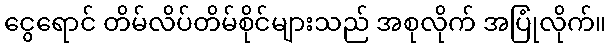
ငွေရောင် တိမ်လိပ်တိမ်စိုင်များသည် အစုလိုက် အပြုံလိုက်။